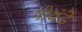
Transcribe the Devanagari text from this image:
गोवंडे